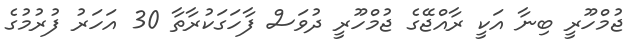
ޖުމްހޫރީ ބިނާ އަކީ ރާއްޖޭގެ ޖުމްހޫރީ ދުވަސް ފާހަގަކުރާތާ 30 އަހަރު ފުރުމުގެ